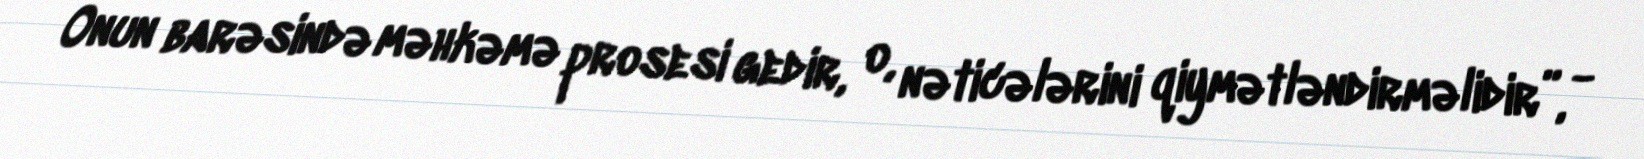
Onun barəsində məhkəmə prosesi gedir, o, nəticələrini qiymətləndirməlidir”, -